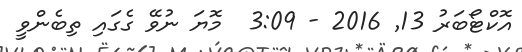
އޮކްޓޯބަރު 13